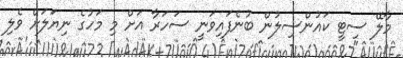
މާލޭ ސިޓީ ކައުންސިލުން ބުނެފައިވަނީ ސަހަރާ އަށް މި މަހުގެ ނިޔަލަށް ވެލި